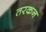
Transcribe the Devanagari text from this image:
तरकन